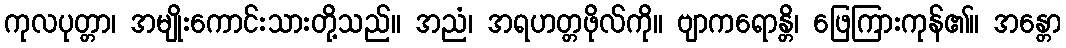
ကုလပုတ္တာ၊ အမျိုးကောင်းသားတို့သည်။ အညံ၊ အရဟတ္တဖိုလ်ကို။ ဗျာကရောန္တိ၊ ဖြေကြားကုန်၏။ အန္တော